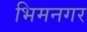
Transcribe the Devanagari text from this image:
भिमनगर